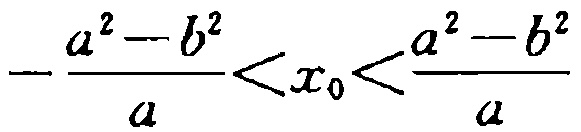
\(-\frac{a^{2}-b^{2}}{a}<x_{0}<\frac{a^{2}-b^{2}}{a}\)